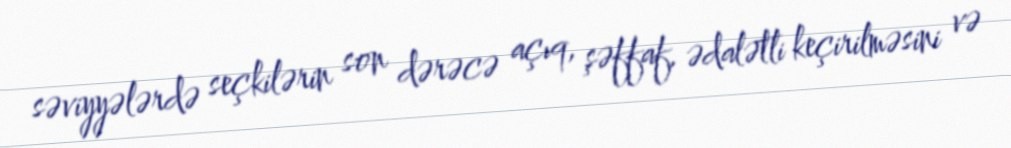
səviyyələrdə seçkilərin son dərəcə açıq, şəffaf, ədalətli keçirilməsini və